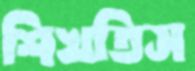
শিখতিস